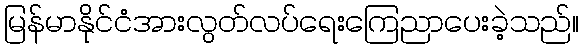
မြန်မာနိုင်ငံအားလွတ်လပ်ရေးကြေညာပေးခဲ့သည်။